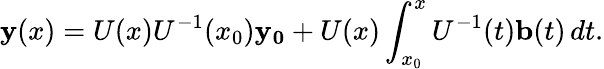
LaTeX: \mathbf{y}(x)=U(x)U^{-1}(x_{0})\mathbf{y_{0}}+U(x)\int_{x_{0}}^{x}U^{-1}(t)\mathbf{b}(t)\, dt.